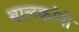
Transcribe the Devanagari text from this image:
बालकांनी